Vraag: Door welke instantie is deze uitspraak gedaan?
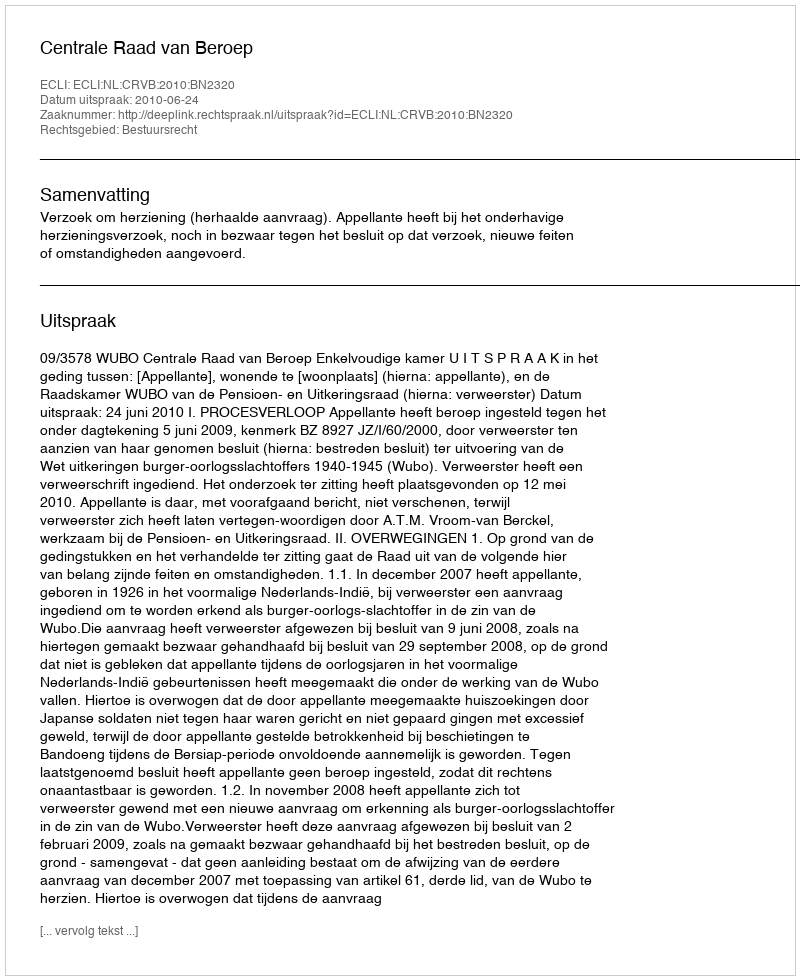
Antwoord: Centrale Raad van Beroep